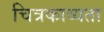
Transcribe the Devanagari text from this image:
चित्रकाव्यता